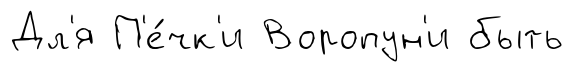
Дл'я П'е́чк'и Воропун'и быть